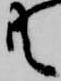
共